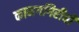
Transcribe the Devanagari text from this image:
कामगगिरीची